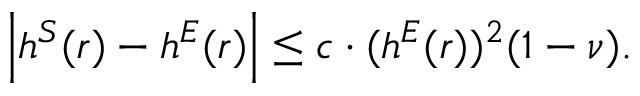
\left| h ^ { S } ( r ) - h ^ { E } ( r ) \right| \leq c \cdot ( h ^ { E } ( r ) ) ^ { 2 } ( 1 - \nu ) .